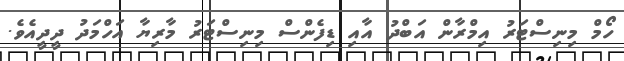
ހޯމް މިނިސްޓަރު އިމްރާން އަބްދު އާއި ޑިފެންސް މިނިސްޓަރު މާރިޔާ އަހްމަދު ދީދީއެވެ.